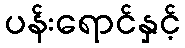
ပန်းရောင်နှင့်